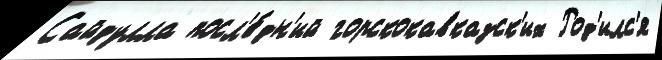
Сайдулла посл'е́дн'ий горскокавказск'их Род'илс'я